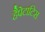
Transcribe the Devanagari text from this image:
हैपेटाटिस